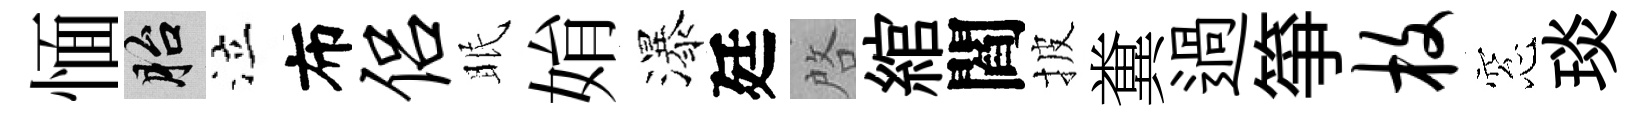
愐胎泣布侣眠姢瀑廷啓綰閻披糞過箏枚窓琰